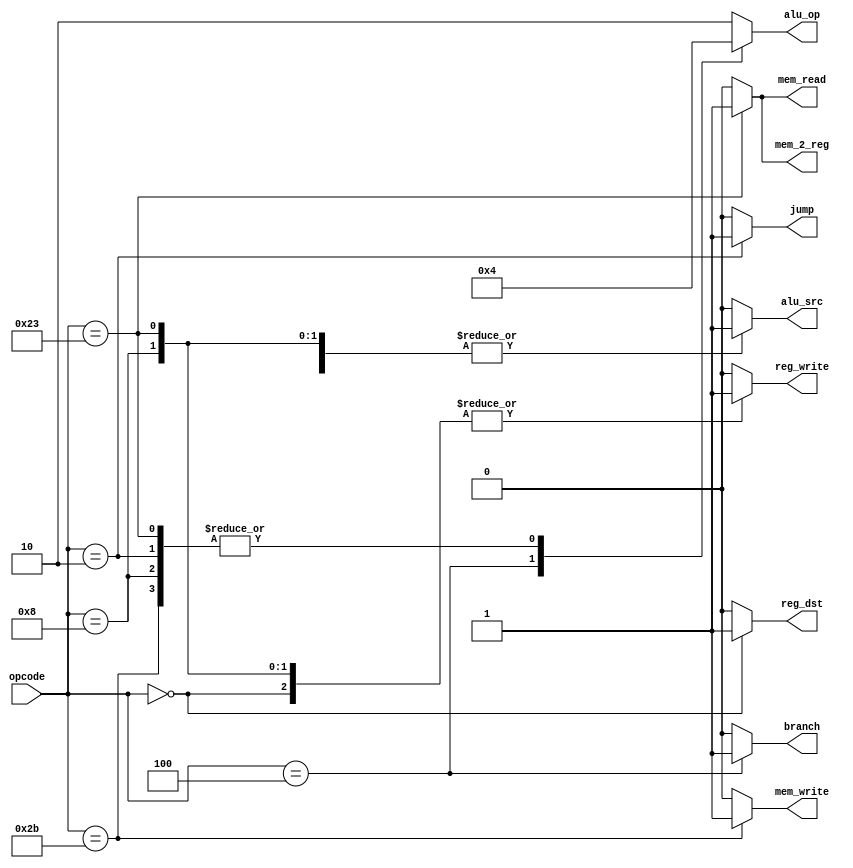
// module: Control
// Function: Generates the control signals for each one of the datapath resources

module control_unit(
      input  wire [5:0] opcode,
      output reg  [1:0] alu_op,
      output reg        reg_dst,
      output reg        branch,
      output reg        mem_read,
      output reg        mem_2_reg,
      output reg        mem_write,
      output reg        alu_src,
      output reg        reg_write,
      output reg        jump
   );

   //The opcode for these instructions can be found on the MIPS reference at the beginning of the textbook (Green cardboard page)
   parameter integer ALU_R      = 6'h0;
   parameter integer ADDI       = 6'h8;
   parameter integer BRANCH_EQ  = 6'h4;
   parameter integer JUMP       = 6'h2;
   parameter integer LOAD_WORD  = 6'h23;
   parameter integer STORE_WORD = 6'h2B;

   parameter [1:0] ADD_OPCODE     = 2'd0;
   parameter [1:0] SUB_OPCODE     = 2'd1;
   parameter [1:0] R_TYPE_OPCODE  = 2'd2;
  


   //The behavior of the control unit can be found in Chapter 4, Figure 4.18

   always@(*)begin

      case(opcode)
         ALU_R:begin
            reg_dst   = 1'b1;
            alu_src   = 1'b0;
            mem_2_reg = 1'b0;
            reg_write = 1'b1;
            mem_read  = 1'b0;
            mem_write = 1'b0;
            branch    = 1'b0;
            alu_op    = R_TYPE_OPCODE;
            jump      = 1'b0;
         end

         ADDI:begin
            reg_dst   = 1'b0;
            alu_src   = 1'b1;
            mem_2_reg = 1'b0;
            reg_write = 1'b1;
            mem_read  = 1'b0;
            mem_write = 1'b0;
            branch    = 1'b0;
            alu_op    = ADD_OPCODE;
            jump      = 1'b0;
         end

         BRANCH_EQ:begin
            reg_dst   = 1'b0;
            alu_src   = 1'b0;
            mem_2_reg = 1'b0;
            reg_write = 1'b0;
            mem_read  = 1'b0;
            mem_write = 1'b0;
            branch    = 1'b1;
            alu_op    = SUB_OPCODE;
            jump      = 1'b0;
         end

 	JUMP:begin
            reg_dst   = 1'b0;
            alu_src   = 1'b0;
            mem_2_reg = 1'b0;
            reg_write = 1'b0;
            mem_read  = 1'b0;
            mem_write = 1'b0;
            branch    = 1'b0;
            alu_op    = ADD_OPCODE;
            jump      = 1'b1;
         end

 	LOAD_WORD:begin
            reg_dst   = 1'b0;
            alu_src   = 1'b1;
            mem_2_reg = 1'b1;
            reg_write = 1'b1;
            mem_read  = 1'b1;
            mem_write = 1'b0;
            branch    = 1'b0;
            alu_op    = ADD_OPCODE;
            jump      = 1'b0;
         end

 	STORE_WORD:begin
            reg_dst   = 1'b0;
            alu_src   = 1'b1;
            mem_2_reg = 1'b0;
            reg_write = 1'b0;
            mem_read  = 1'b0;
            mem_write = 1'b1;
            branch    = 1'b0;
            alu_op    = ADD_OPCODE;
            jump      = 1'b0;
         end    
	// Declare the control signals for each one of the instructions
	
         default:begin
            reg_dst   = 1'b0; 
            alu_src   = 1'b0;
            mem_2_reg = 1'b0;
            reg_write = 1'b0;
            mem_read  = 1'b0;
            mem_write = 1'b0;
            branch    = 1'b0;
            alu_op    = R_TYPE_OPCODE;
            jump      = 1'b0;
         end
      endcase
   end

endmodule